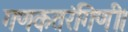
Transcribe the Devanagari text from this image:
गणकतरंगिणी।